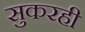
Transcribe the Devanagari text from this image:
सुकरही